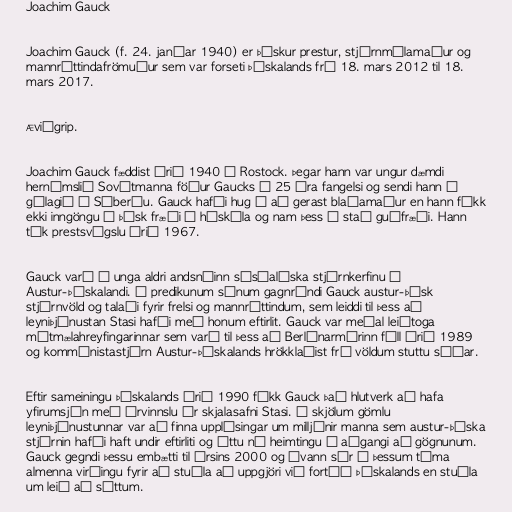
Joachim Gauck

Joachim Gauck (f. 24. janúar 1940) er þýskur prestur, stjórnmálamaður og
mannréttindafrömuður sem var forseti Þýskalands frá 18. mars 2012 til 18.
mars 2017.

Æviágrip.

Joachim Gauck fæddist árið 1940 í Rostock. Þegar hann var ungur dæmdi
hernámslið Sovétmanna föður Gaucks í 25 ára fangelsi og sendi hann í
gúlagið í Síberíu. Gauck hafði hug á að gerast blaðamaður en hann fékk
ekki inngöngu í þýsk fræði í háskóla og nam þess í stað guðfræði. Hann
tók prestsvígslu árið 1967.

Gauck varð á unga aldri andsnúinn sósíalíska stjórnkerfinu í
Austur-Þýskalandi. Í predikunum sínum gagnrýndi Gauck austur-þýsk
stjórnvöld og talaði fyrir frelsi og mannréttindum, sem leiddi til þess að
leyniþjónustan Stasi hafði með honum eftirlit. Gauck var meðal leiðtoga
mótmælahreyfingarinnar sem varð til þess að Berlínarmúrinn féll árið 1989
og kommúnistastjórn Austur-Þýskalands hrökklaðist frá völdum stuttu síðar.

Eftir sameiningu Þýskalands árið 1990 fékk Gauck það hlutverk að hafa
yfirumsjón með úrvinnslu úr skjalasafni Stasi. Í skjölum gömlu
leyniþjónustunnar var að finna upplýsingar um milljónir manna sem austur-þýska
stjórnin hafði haft undir eftirliti og áttu nú heimtingu á aðgangi að gögnunum.
Gauck gegndi þessu embætti til ársins 2000 og ávann sér á þessum tíma
almenna virðingu fyrir að stuðla að uppgjöri við fortíð Þýskalands en stuðla
um leið að sáttum.